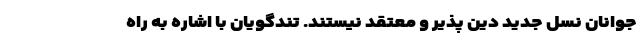
جوانان نسل جدید دین پذیر و معتقد نیستند. تندگویان با اشاره به راه